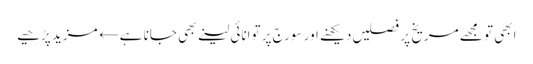
ابھی تو مجھے مریخ پر فصلیں دیکھنے اور سورج پر توانائی لینے بھی جانا ہے← مزید پڑھیے